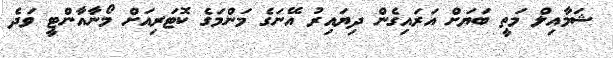
ޝަމާއިލް މަތީ ބަޔަށް އަރައިގެން ދިޔައިރު އޭނަގެ މަންމަގެ ކޮޓަރިއަށް މޯނާއާންޓީ ވަދެ